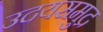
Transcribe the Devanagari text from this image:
उदयसमुद्र